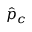
\hat { p } _ { c }